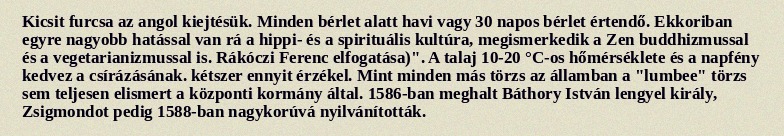
Kicsit furcsa az angol kiejtésük. Minden bérlet alatt havi vagy 30 napos bérlet értendő. Ekkoriban egyre nagyobb hatással van rá a hippi- és a spirituális kultúra, megismerkedik a Zen buddhizmussal és a vegetarianizmussal is. Rákóczi Ferenc elfogatása)". A talaj 10-20 °C-os hőmérséklete és a napfény kedvez a csírázásának. kétszer ennyit érzékel. Mint minden más törzs az államban a "lumbee" törzs sem teljesen elismert a központi kormány által. 1586-ban meghalt Báthory István lengyel király, Zsigmondot pedig 1588-ban nagykorúvá nyilvánították.